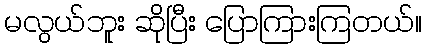
မလွယ်ဘူး ဆိုပြီး ပြောကြားကြတယ်။